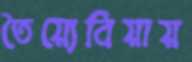
তৈয়্যেবিয়ায়